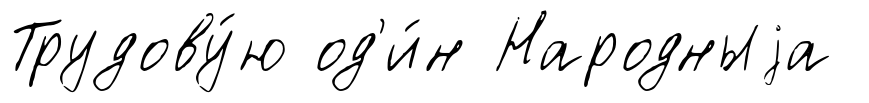
Трудову́ю од'и́н Народныjа